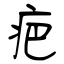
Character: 疤